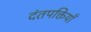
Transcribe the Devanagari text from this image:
दंतपक्तियाँ